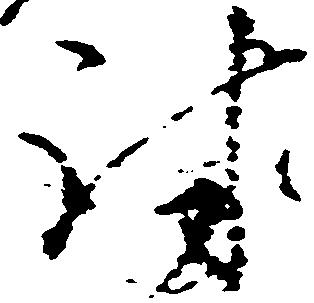
討